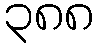
၃၈၈